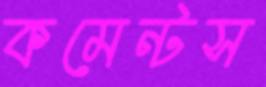
কমেন্টস